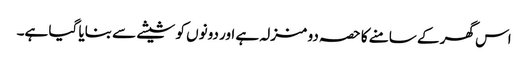
اس گھر کے سامنے کا حصہ دو منزلہ ہے اور دونوں کو شیشے سے بنایا گیا ہے۔